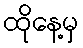
ထိုနေ့မှ